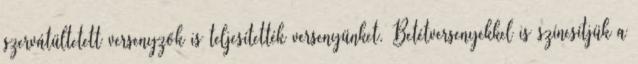
szervátültetett versenyzők is teljesítették versenyünket. Betétversenyekkel is színesítjük a